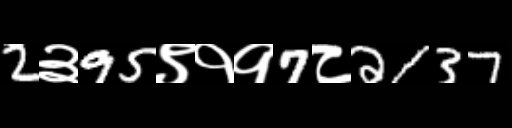
Text: 2३95९११7८2137